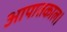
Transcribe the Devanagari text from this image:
आपातकाल।